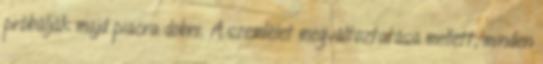
próbálják majd piacra dobni. A szemlélet megváltoztatása mellett, minden